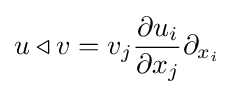
u\triangleleft v=v_{j}{\frac {\partial u_{i}}{\partial x_{j}}}\partial _{x_{i}}